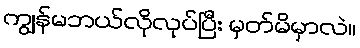
ကျွန်မဘယ်လိုလုပ်ပြီး မှတ်မိမှာလဲ။